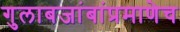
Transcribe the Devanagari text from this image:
गुलाबजांबांप्रमाणेच